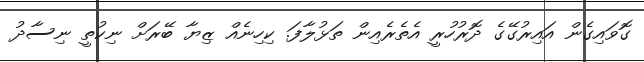
ގޮވައިގެން އައިރުގޭގެ ދޮރުހުރީ އެތެރެއިން ތަޅުލާފަ. ކިހިނެއް ޒިޔާ ބޭރަށް ނިކުތީ ނިސާދު